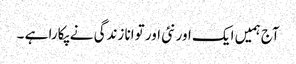
آج ہمیں ایک اور نئی اور توانا زندگی نے پکارا ہے ۔